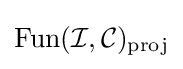
\operatorname {Fun} ({\mathcal {I}},{\mathcal {C}})_{\mathrm {proj} }